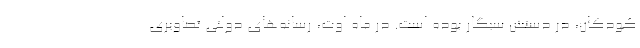
کودکان، در دستش سیگار بوده است. در ماه اوت، رسانه‌های دولتی تصاویری